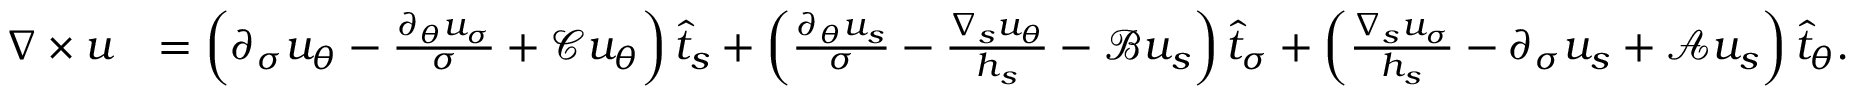
\begin{array} { r l } { \nabla \times u } & { = \left( \partial _ { \sigma } u _ { \theta } - \frac { \partial _ { \theta } u _ { \sigma } } { \sigma } + \mathcal { C } { u _ { \theta } } \right) \widehat { t } _ { s } + \left( \frac { \partial _ { \theta } u _ { s } } { \sigma } - \frac { \nabla _ { s } u _ { \theta } } { h _ { s } } - \mathcal { B } u _ { s } \right) \widehat { t } _ { \sigma } + \left( \frac { \nabla _ { s } u _ { \sigma } } { h _ { s } } - \partial _ { \sigma } u _ { s } + \mathcal { A } u _ { s } \right) \widehat { t } _ { \theta } . } \end{array}